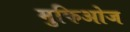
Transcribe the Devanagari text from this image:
मुफिओज